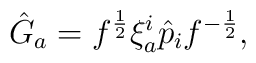
\hat  G_a=  f^{1\over  2}    \xi^i_a   \hat  p_i  f^{-{1\over2}},